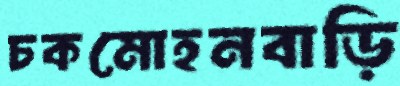
চকমোহনবাড়ি